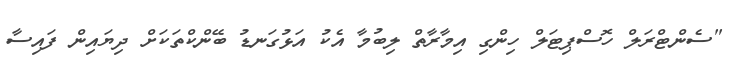
"ސެންޓްރަލް ހޮސްޕިޓަލް ހިންގި އިމާރާތް ލިބުމާ އެކު އަޅުގަނޑު ބޭންކްތަކަށް ދިޔައިން ފައިސާ